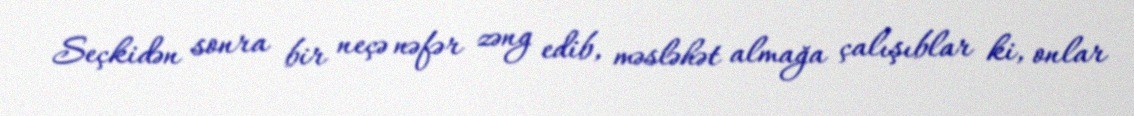
Seçkidən sonra bir neçə nəfər zəng edib, məsləhət almağa çalışıblar ki, onlar